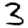
Digit: 3